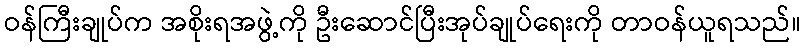
ဝန်ကြီးချုပ်က အစိုးရအဖွဲ့ကို ဦးဆောင်ပြီးအုပ်ချုပ်ရေးကို တာဝန်ယူရသည်။